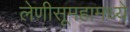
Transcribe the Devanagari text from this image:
लेणीसूमहामध्ये